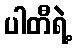
ပါတီရဲ့